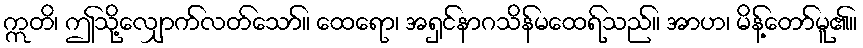
ဣတိ၊ ဤသို့လျှောက်လတ်သော်။ ထေရော၊ အရှင်နာဂသိန်မထေရ်သည်။ အာဟ၊ မိန့်တော်မူ၏။